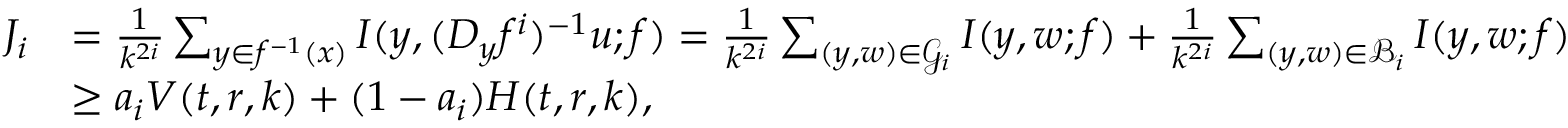
\begin{array} { r l } { J _ { i } } & { = \frac { 1 } { k ^ { 2 i } } \sum _ { y \in f ^ { - 1 } ( x ) } I ( y , ( D _ { y } f ^ { i } ) ^ { - 1 } u ; f ) = \frac { 1 } { k ^ { 2 i } } \sum _ { ( y , w ) \in \mathcal { G } _ { i } } I ( y , w ; f ) + \frac { 1 } { k ^ { 2 i } } \sum _ { ( y , w ) \in \mathcal { B } _ { i } } I ( y , w ; f ) } \\ & { \ge a _ { i } V ( t , r , k ) + ( 1 - a _ { i } ) H ( t , r , k ) , } \end{array}